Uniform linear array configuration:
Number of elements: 4
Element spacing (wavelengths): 1
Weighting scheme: hamming
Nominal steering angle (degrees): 60
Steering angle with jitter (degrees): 59.449
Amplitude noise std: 0.05
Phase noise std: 0.05

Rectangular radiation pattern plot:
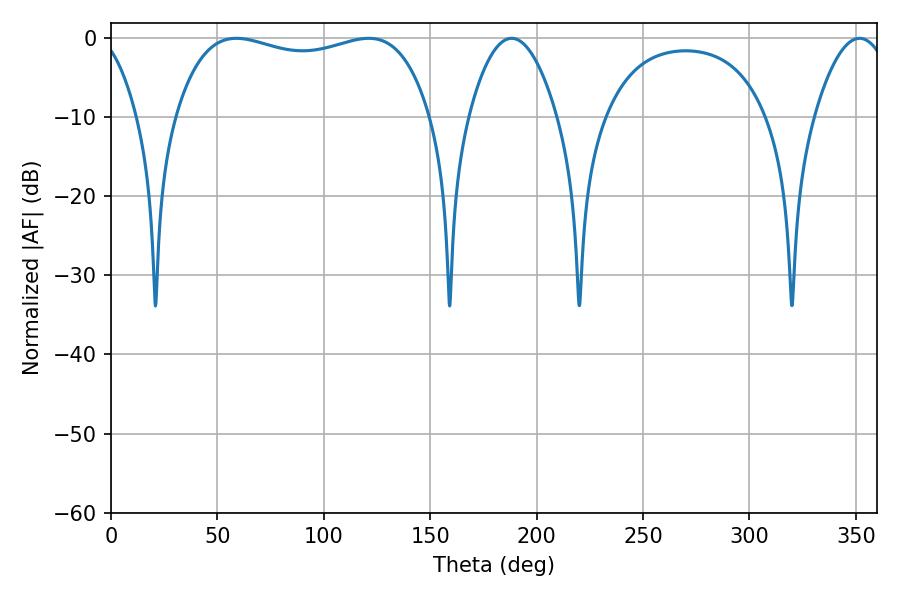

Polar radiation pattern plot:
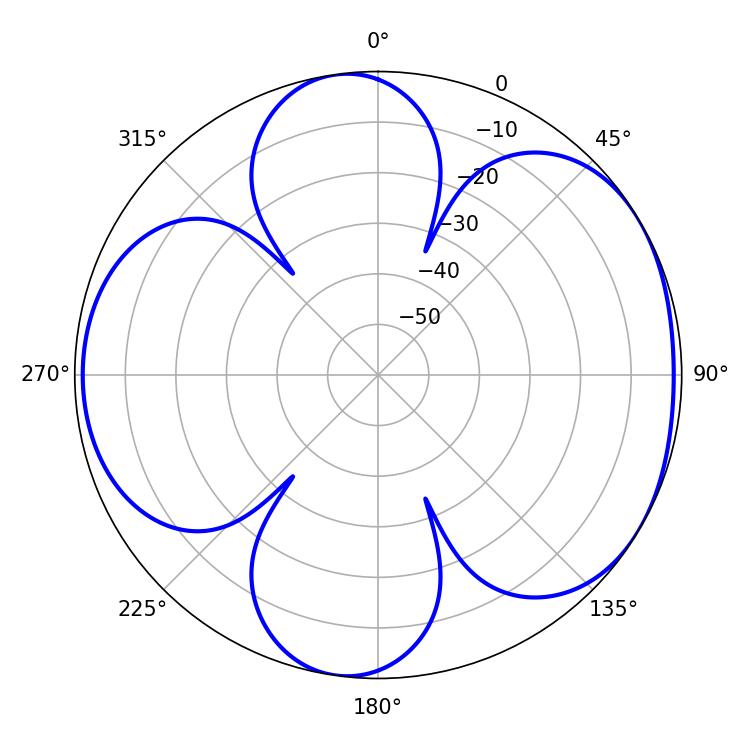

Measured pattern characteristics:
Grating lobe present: TRUE
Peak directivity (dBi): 5.211
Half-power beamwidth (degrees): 22.86
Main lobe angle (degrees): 188.28